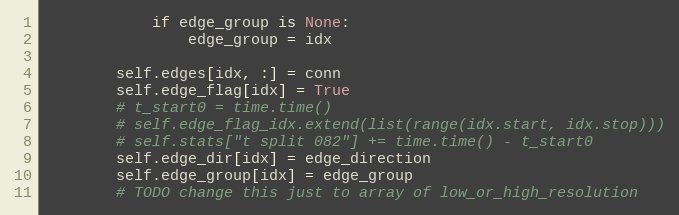
Language: Python
            if edge_group is None:
                edge_group = idx

        self.edges[idx, :] = conn
        self.edge_flag[idx] = True
        # t_start0 = time.time()
        # self.edge_flag_idx.extend(list(range(idx.start, idx.stop)))
        # self.stats["t split 082"] += time.time() - t_start0
        self.edge_dir[idx] = edge_direction
        self.edge_group[idx] = edge_group
        # TODO change this just to array of low_or_high_resolution